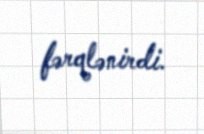
fərqlənirdi.